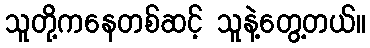
သူတို့ကနေတစ်ဆင့် သူနဲ့တွေ့တယ်။